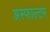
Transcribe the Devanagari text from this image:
अस्फाल्टम